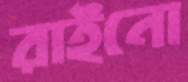
রাইনো